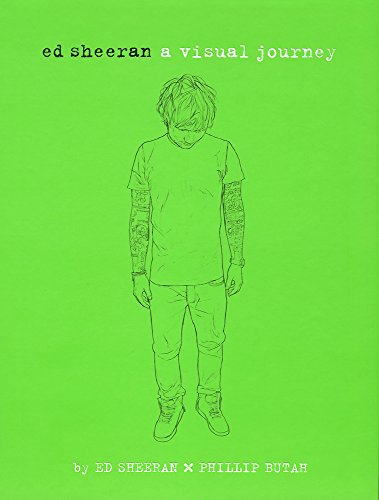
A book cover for Ed Sheeran: A Visual Journey; Ed Sheeran; Humor & Entertainment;